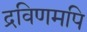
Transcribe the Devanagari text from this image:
द्रविणमपि